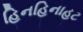
હિનહિનાહટ